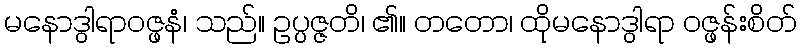
မနောဒွါရာဝဇ္ဖနံ၊ သည်။ ဥပ္ပဇ္ဇတိ၊ ၏။ တတော၊ ထိုမနောဒွါရာ ဝဇ္ဖန်းစိတ်